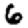
Digit: 6